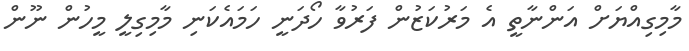
މާމިގިއްޔަށް އަންނާތީ އެ މަރުކަޒުން ފަރުވާ ހޯދަނީ ހަމައެކަނި މާމިގިލީ މީހުން ނޫން